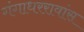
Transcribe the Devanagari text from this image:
गंगाधररावांस